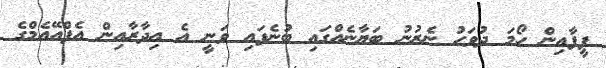
ފީފާއިން ހޯމަ ދުވަހު ނެރުނު ބަޔާނެއްގައި ބުނެފައި ވަނީ އެ އިދާރާއިން އެފްއޭއެމްގެ